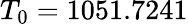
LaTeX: T_{0}=1051.7241